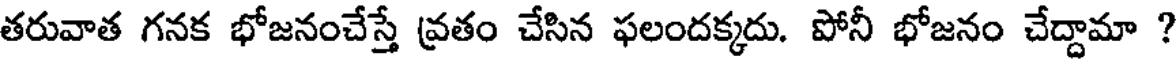
తరువాత గనక భోజనంచేస్తే వ్రతం చేసిన ఫలందక్కదు. పోనీ భోజనం చేద్దామా ?